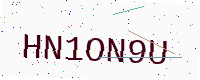
Text: HN1ON9U